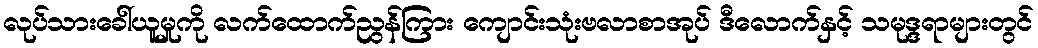
လုပ်သားခေါ်ယူမှုကို လက်ထောက်ညွန်ကြား ကျောင်းသုံးဗလာစာအုပ် ဒီလောက်နှင့် သမုဒ္ဒရာများတွင်